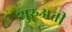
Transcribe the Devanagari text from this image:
शुरुअती